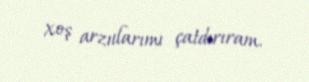
xoş arzularımı çatdırıram.